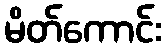
မိတ်ကောင်း